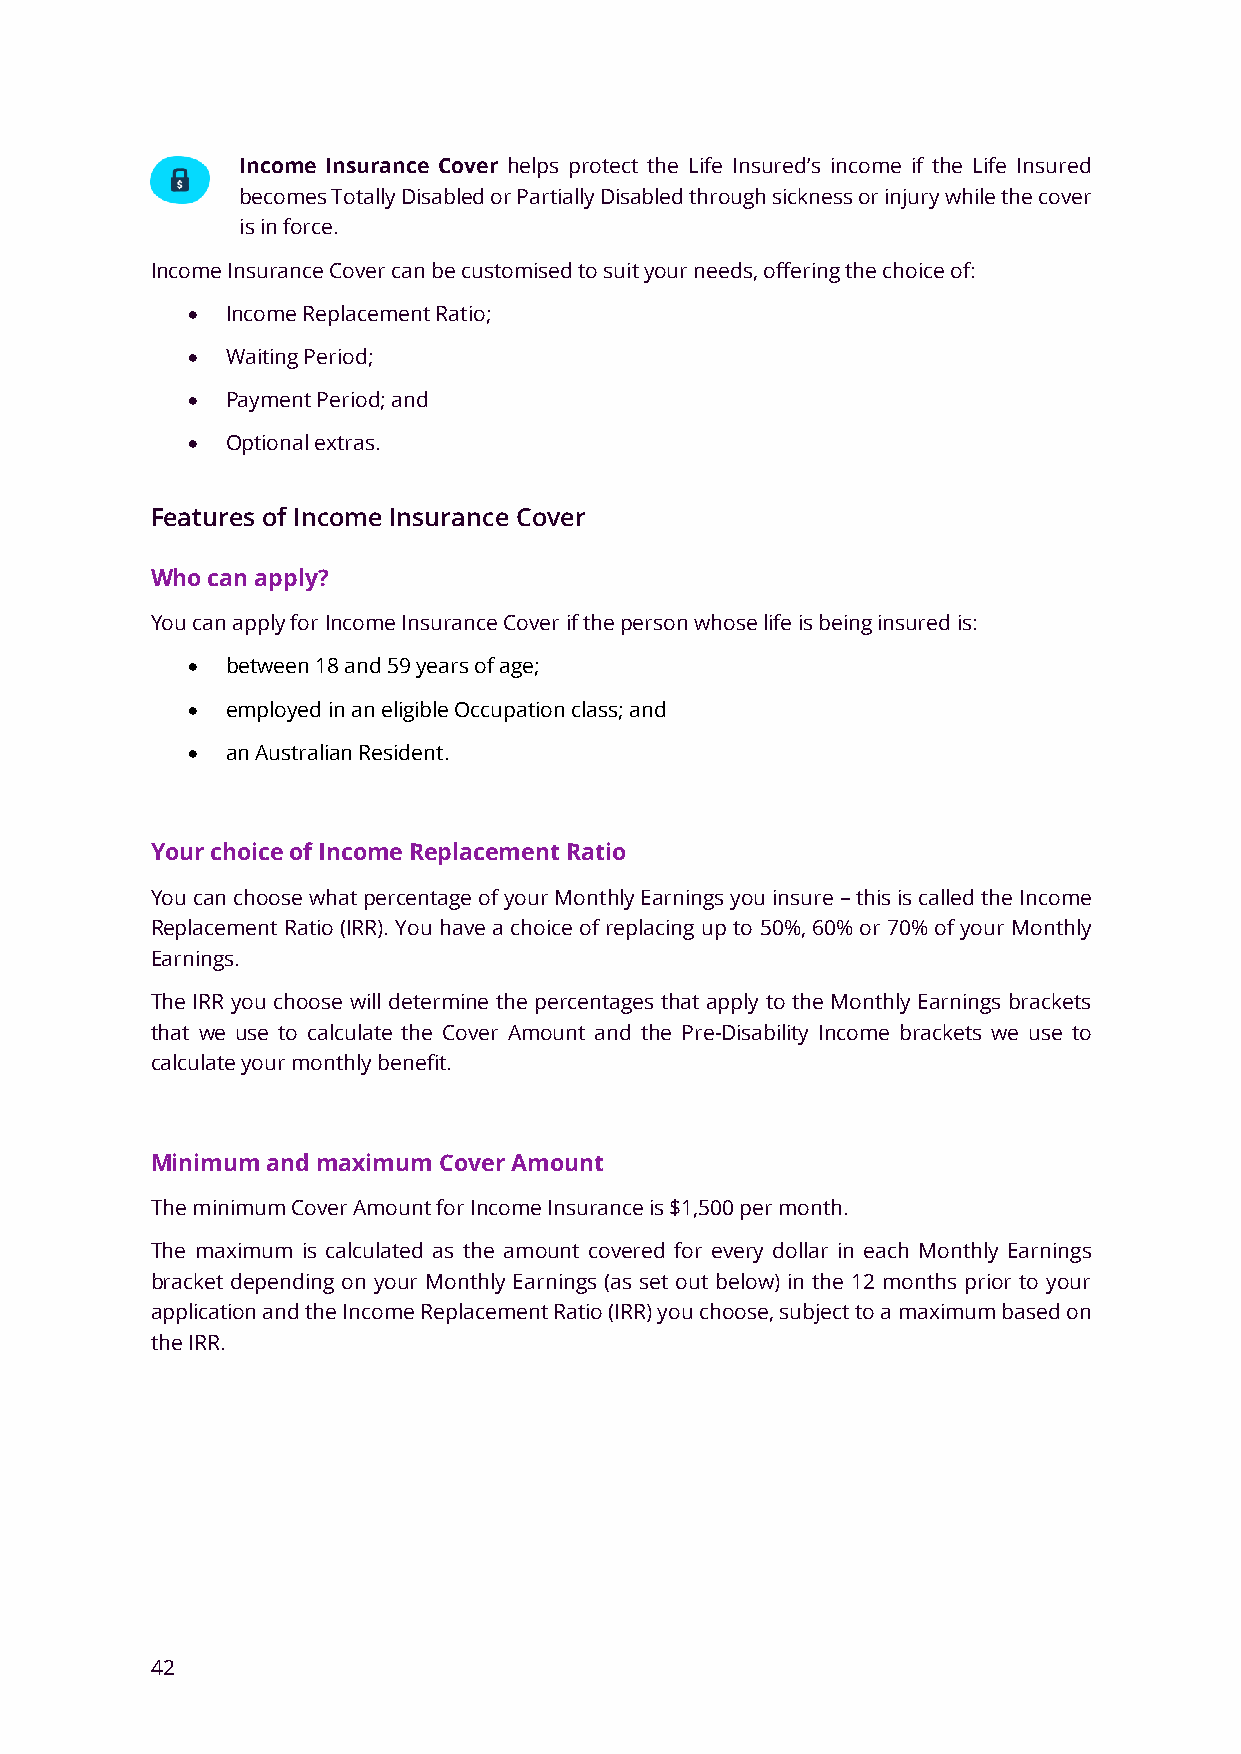
Income Insurance Cover helps protect the Life Insured’s income if the Life Insured
 becomes Totally Disabled or Partially Disabled through sickness or injury while the cover
 is in force.
 Income Insurance Cover can be customised to suit your needs, offering the choice of:
 •  Income Replacement Ratio;
 •  Waiting Period;
 •  Payment Period; and
 •  Optional extras.
 Features of Income Insurance Cover
 Who can apply?
 You can apply for Income Insurance Cover if the person whose life is being insured is:
 •  between 18 and 59 years of age;
 •  employed in an eligible Occupation class; and
 •  an Australian Resident.
 Your choice of Income Replacement Ratio
 You can choose what percentage of your Monthly Earnings you insure – this is called the Income
 Replacement Ratio (IRR). You have a choice of replacing up to 50%, 60% or 70% of your Monthly
 Earnings.
 The IRR you choose will determine the percentages that apply to the Monthly Earnings brackets
 that we use to calculate the Cover Amount and the Pre-Disability Income brackets we use to
 calculate your monthly benefit.
 Minimum and maximum Cover Amount
 The minimum Cover Amount for Income Insurance is $1,500 per month.
 The maximum is calculated as the amount covered for every dollar in each Monthly Earnings
 bracket depending on your Monthly Earnings (as set out below) in the 12 months prior to your
 application and the Income Replacement Ratio (IRR) you choose, subject to a maximum based on
 the IRR.
 42